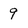
Character: 9